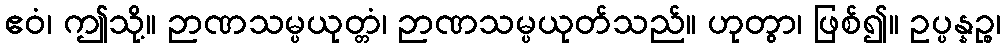
ဧဝံ၊ ဤသို့။ ဉာဏသမ္ပယုတ္တံ၊ ဉာဏသမ္ပယုတ်သည်။ ဟုတွာ၊ ဖြစ်၍။ ဥပ္ပန္နဉ္စ၊